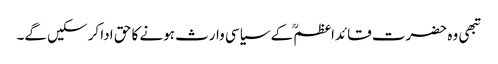
تبھی وہ حضرت قائداعظمؒ کے سیاسی وارث ہونے کا حق ادا کر سکیں گے۔